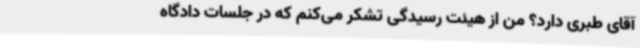
آقای طبری دارد؟ من از هیئت رسیدگی تشکر می‌کنم که در جلسات دادگاه